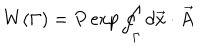
W ( \Gamma ) = P \exp \oint _ { \Gamma } d \vec { x } \cdot \vec { A }